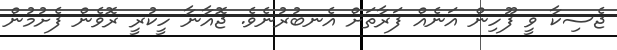
ޖެސިކާ ވީ ފޫހިން އަނެއް ފަރާތަށް އެނބުރުނެވެ. ޖޮއާނާ ހީކުރީ ރޮވެން ފެށުމުން